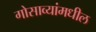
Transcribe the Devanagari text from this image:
गोसाव्यांमधील